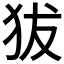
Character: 𤝜